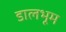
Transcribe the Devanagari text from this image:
डालभूम